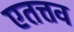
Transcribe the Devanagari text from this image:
एतत्तव